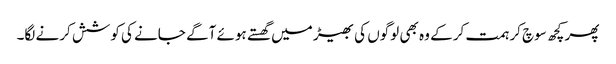
پھر کچھ سوچ کر ہمت کر کے وہ بھی لوگوں کی بھیڑ میں گھستے ہوئے آگے جانے کی کوشش کرنے لگا۔